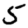
Digit: 5